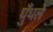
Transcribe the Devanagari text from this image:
घुँधले